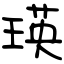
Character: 瑛